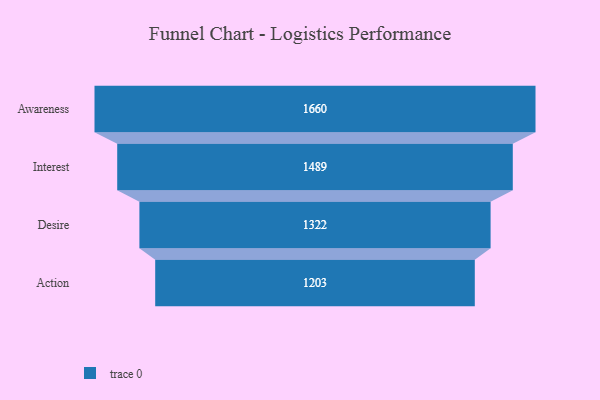
{"axis": {"x": "Stage", "y": "Value"}, "legend": [""], "data": [{"x": "Awareness", "y": 1660.0, "type": ""}, {"x": "Interest", "y": 1489.0, "type": ""}, {"x": "Desire", "y": 1322.0, "type": ""}, {"x": "Action", "y": 1203.0, "type": ""}]}